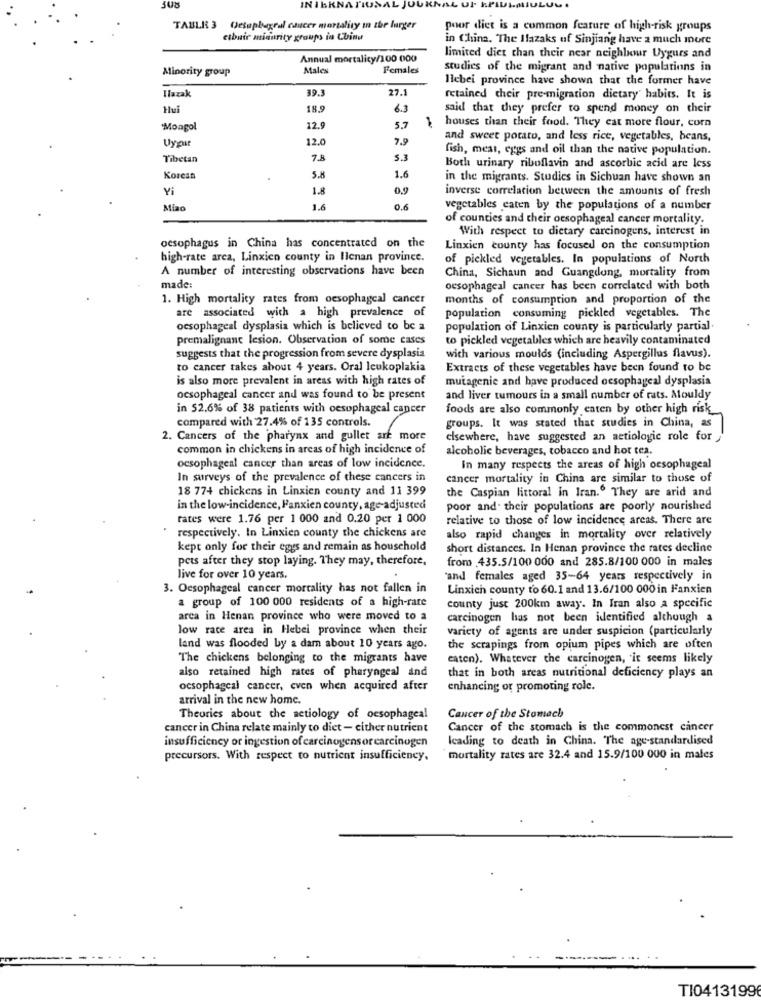
308
INIERNATIO
L JUL
TABLE 3 Oesophageal cancer mortality in the larger
poor diet is a common feature of high-risk groups
cibuir miaurity groups in Cuind
in China. The Hlazaks uf Sinjiang have a much more
Annual mortality/100 000
limited diet than their near neighbour Uygurs and
Minority group
Males
Females
studies of the migrant and native populations in
Hlebei province have shown that the former have
39.3
27.1
Ilazak
retained their pre-migration dietary habits. It is
Hui
18.9
6.3
said that they prefer to spend money on their
Mongol
12.9
5.7
houses than their food. They eat more flour, corn
Uypir
12.0
7.9
and sweet potato, and less rice, vegetables, beans,
fish, meas, eggs and oil than the native population.
Tibetan
7.8
5.3
Both urinary riboflavin and ascorbic acid are less
Korean
5.8
1.6
in the migrants. Studies in Sichuan have shown an
Yi
1.8
0,9
inverse correlation between the amounts of fresh
Miao
1.6
0.6
vegetables eaten by the populations of a number
of counties and their oesophageal cancer mortality.
With respect to dietary carcinogens, interest in
oesophagus in China has concentrated on the
Linxien county has focused on the consumption
high-rate arca, Linxico county in llenan province.
of pickled vegetables. In populations of North
A number of interesting observations have been
China, Sichaun and Guangdong, mortality from
made
oesophageal cancer has been correlated with both
1. High mortality rates from oesophageal cancer
months of consumption and proportion of the
are associated with a high prevalence of
population consuming pickled vegetables. The
oesophageal dysplasia which is believed to be a
population of Linxien county is particularly partial.
premalignant lesion. Observation of some cases
to pickled vegetables which are heavily contaminated
suggests that the progression from severe dysplasia
with various moulds (including Aspergillus flavus).
to cancer takes about 4 years. Oral leukoplakia
Extracts of these vegetables have been found to be
is also more prevalent in areas with high rates of
mutagenic and have produced oesophageal dysplasia
oesophageal cancer and was found to be present
and liver tumours in a small number of rats. Mouldy
in 52.6% of 38 patients with oesophageal cancer
foods are also commonly eaten by other high risk_
compared with 27.4% of 135 controls.
groups. It was stated that studies in China, as
2. Cancers of the pharynx and gullet are more
elsewhere, have suggested an aetiologic role for
common in chickens in areas of high incidence of
alcoholic beverages, tobacco and hot tea.
oesophageal cancer than areas of low incidence.
In many respects the areas of high oesophageal
In surveys of the prevalence of these cancers in
cancer mortality in China are similar to those of
18 774 chickens in Linxien county and 11 399
the Caspian littoral in Iran. They are arid and
in the low-incidence, Fanxien county, age-adjusted
poor and. their populations are poorly nourished
rates were 1.76 per 1 000 and 0.20 per 1 000
relative to those of low incidence areas. There are
.
respectively. In Linxien county the chickens are
also rapid changes in mortality over relatively
kept only for their eggs and remain as household
short distances. In Henan province the rates decline
pets after they stop laying. They may, therefore,
from 435.5/100 000 and 285.8/100 000 in males
live for over 10 years,
and females aged 35-64 years respectively in
3. Oesophageal cancer mortality has not fallen in
Linxich county to 60.1 and 13.6/100 000 in Fanxien
a group of 100 000 residents of a high-rate
county just 200km away. In Iran also a specific
area in Henan province who were moved to a
carcinogen has not been identified although a
low race area in Hebei province when their
variety of agents are under suspicion (particularly
land was flooded by a dam about 10 years ago.
the scrapings from opium pipes which are often
The chickens belonging to the migrants have
eaten). Whatever the carcinogen, it seems likely
also retained high rates of pharyngeal and
that in both areas nutritional deficiency plays an
ocsophageal cancer, even when acquired after
enhancing or promoting role.
arrival in the new home.
Theories about the aetiology of oesophageal
Cancer of the Stomach
cancer in China relate mainly to diet - cither nutrient
Cancer of the stomach is the commonest cancer
Icading to death in China. The age-standardised
insufficiency or ingestion of carcinogens or carcinogen
precursors. With respect to nutrient insufficiency.
mortality rates are 32.4 and 15.9/100 000 in males
TI0413199